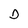
Character: D